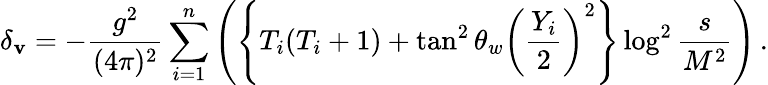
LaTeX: \delta_{\mathbf{v}}=-\frac{{g^{2}}}{{(4\pi)^{2}}}\sum_{i=1}^{n}\left(\left\{ T_{i}(T_{i}+1)+\tan^{2}\theta_{w}\left(\frac{{Y_{i}}}{{2}}\right)^{2}\right\} \log^{2}\frac{{s}}{{M^{2}}}\right)\, .